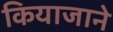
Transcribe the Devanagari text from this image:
कियाजाने